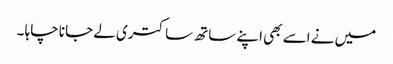
میں نے اسے بھی اپنے ساتھ ساکتری لے جانا چاہا ۔